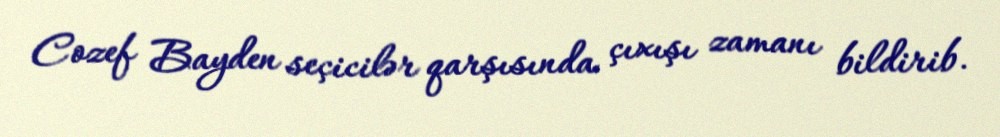
Cozef Bayden seçicilər qarşısında çıxışı zamanı bildirib.